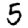
Digit: 5